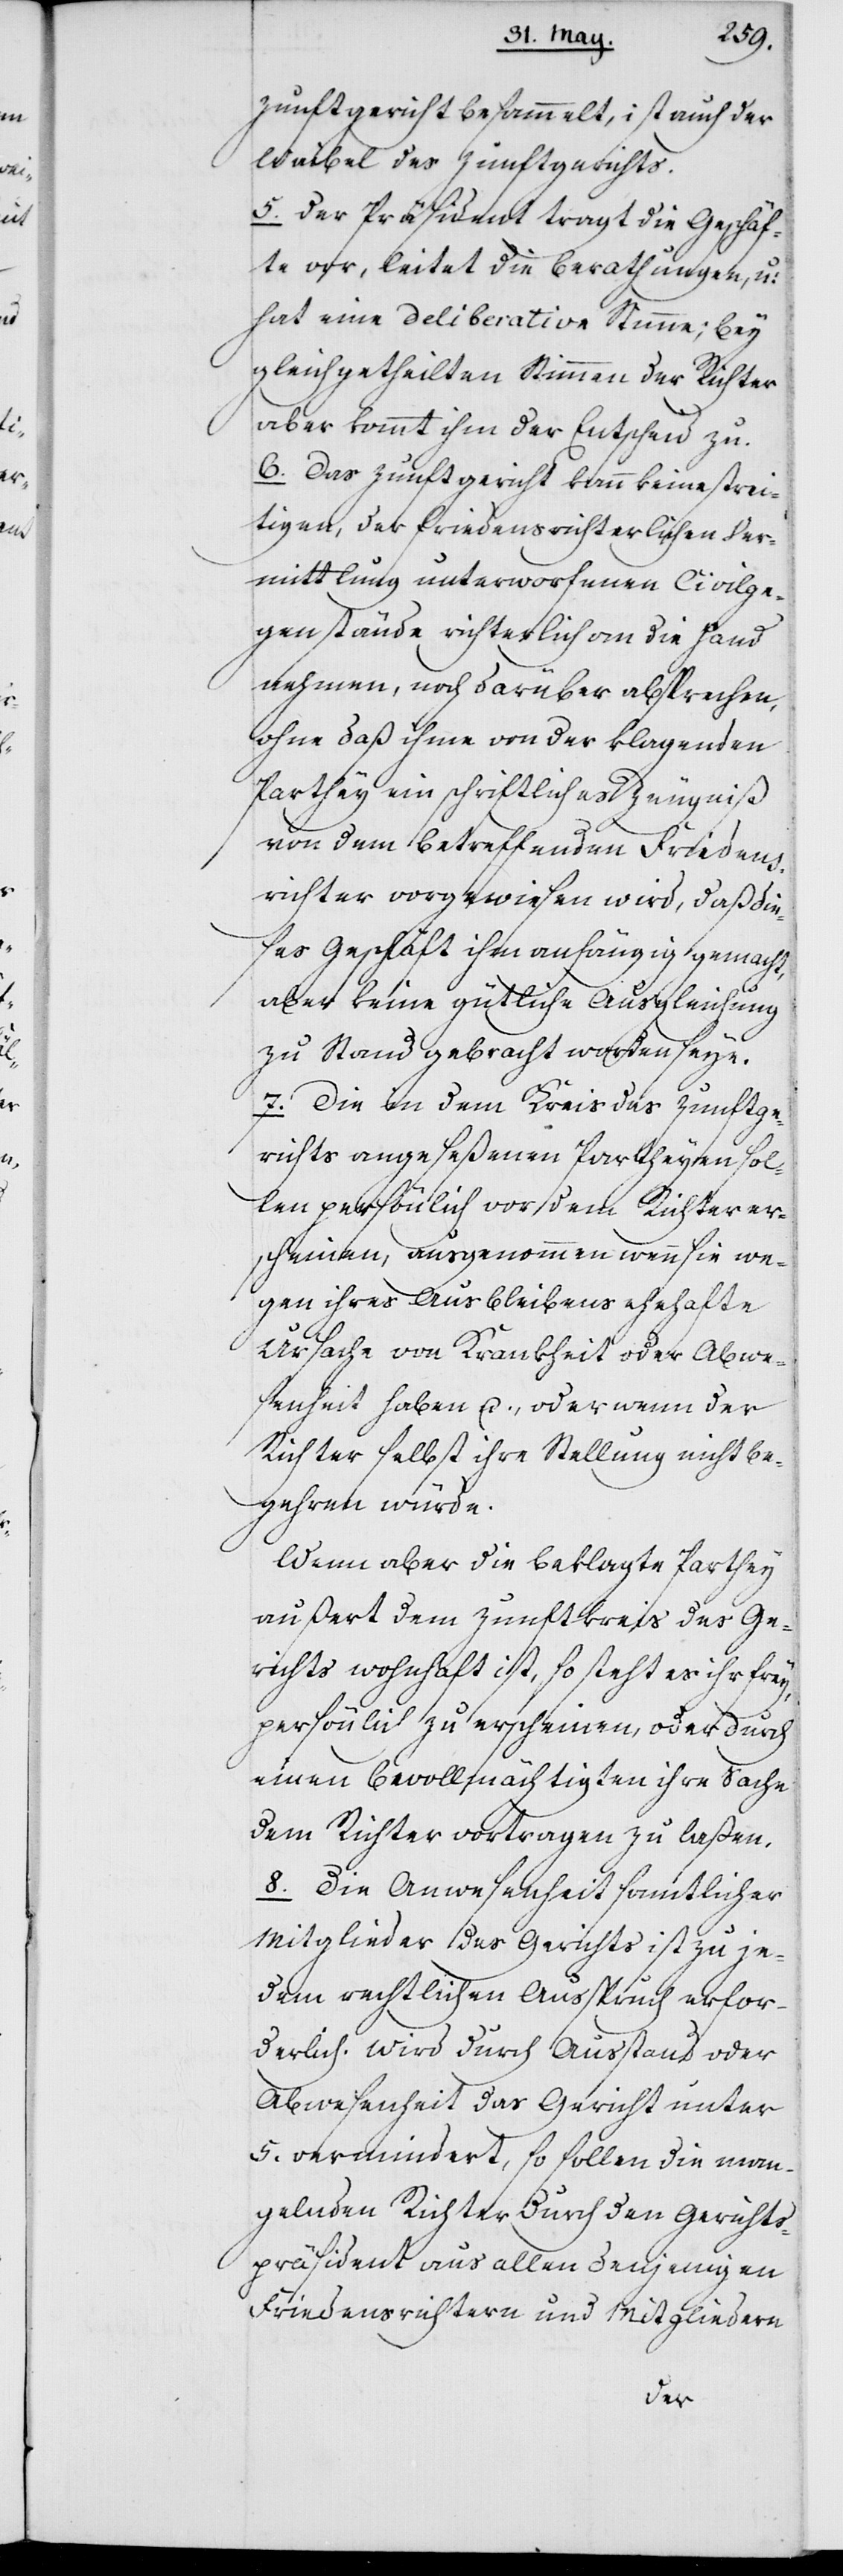
Zunftgericht besammelt, ist auch der
Waibel des Zunftgerichts.
5. Der Präsident tragt die Geschäf¬
te vor, leitet die Berathungen und
hat eine deliberative Stimme; bey
gleichgetheilten Stimmen der Richter
aber kommt ihm der Entscheid zu.
6. Das Zunftgericht kann keine strei¬
tigen, der friedensricherlichen Ver¬
mittlung unterworfenen Civilge¬
genstände richterlich an die Hand
nehmen, noch darüber absprechen,
ohne daß ihme von der klagenden
Parthey ein schriftliches Zeugniß
von dem betreffenden Friedens¬
richter vorgewiesen wird, daß die¬
ses Geschäft ihm anhängig gemacht,
aber keine gütliche Ausgleichung
zu Stand gebracht worden seye.
7. Die in dem Kreis des Zunftge¬
richts angeseßenen Partheyen sol¬
len persönlich vor dem Richter er¬
scheinen, ausgenommen wenn sie we¬
gen ihres Ausbleibens ehehafte
Ursache von Krankheit oder Abwe¬
senheit haben u., oder wenn der
Richter selbst ihre Stellung nicht be¬
gehren würde.
Wenn aber die beklagte Parthey
außert dem Zunftkreis des Ge¬
richts wohnhaft ist, so steht es ihr frey,
persönlich zu erscheinen, oder durch
einen Bevollmächtigten ihre Sache
dem Richter vortragen zu laßen.
8. Die Anwesenheit samtlicher
Mitglieder des Gerichts ist zu je¬
dem rechtlichen Ausspruch erfor¬
derlich. Wird durch Ausstand oder
Abwesenheit das Gericht unter
5. vermindert, so sollen die man¬
gelnden Richter durch den Gerichts¬
präsident aus allen denjenigen
Friedensrichtern und Mitgliedern